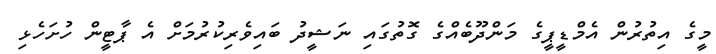
މީގެ އިތުރުން އެމްޑީޕީގެ މަންދޫބެއްގެ ގޮތުގައި ނަޝީދު ބައިވެރިކުރުމަށް އެ ޕާޓީން ހުށަހެޅި